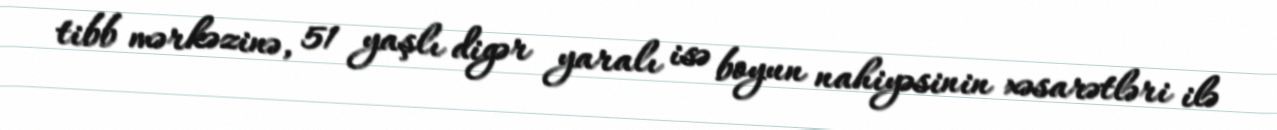
tibb mərkəzinə, 51 yaşlı digər yaralı isə boyun nahiyəsinin xəsarətləri ilə